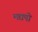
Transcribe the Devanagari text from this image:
मद्यषो